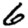
Digit: 6